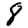
Digit: 8